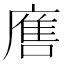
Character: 𭙲